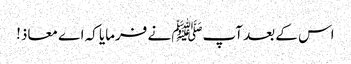
اس کے بعد آپﷺ نے فرمایا کہ اے معاذ!